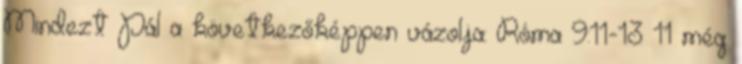
Mindezt Pál a következőképpen vázolja: Róma 9:11-13 11 még